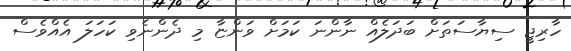
ހާރިޖީ ސިޔާސަތަށް ބަދަލެއް ނާންނަ ކަމަށް ވަންޏާ މި ދެންނެވި ކަހަލަ އެއްވެސް